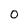
Character: O